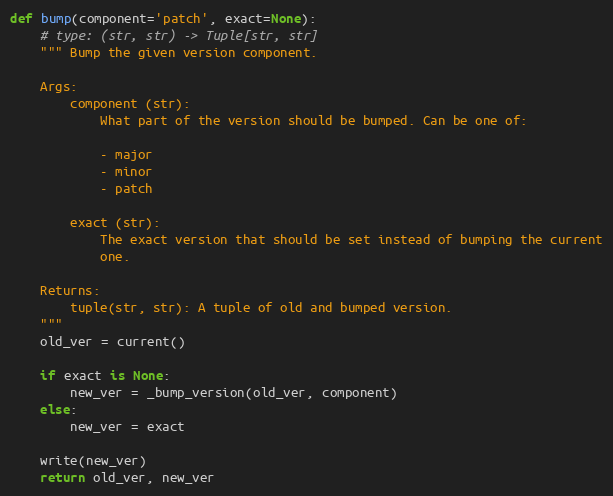
Language: Python
def bump(component='patch', exact=None):
    # type: (str, str) -> Tuple[str, str]
    """ Bump the given version component.

    Args:
        component (str):
            What part of the version should be bumped. Can be one of:

            - major
            - minor
            - patch

        exact (str):
            The exact version that should be set instead of bumping the current
            one.

    Returns:
        tuple(str, str): A tuple of old and bumped version.
    """
    old_ver = current()

    if exact is None:
        new_ver = _bump_version(old_ver, component)
    else:
        new_ver = exact

    write(new_ver)
    return old_ver, new_ver